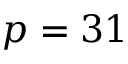
p = 3 1